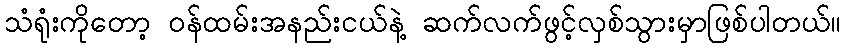
သံရုံးကိုတော့ ဝန်ထမ်းအနည်းငယ်နဲ့ ဆက်လက်ဖွင့်လှစ်သွားမှာဖြစ်ပါတယ်။